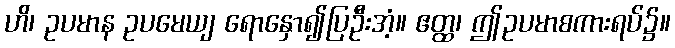
ဟိ၊ ဥပမာန ဥပမေယျ ရောနှော၍ပြဦးအံ့။ ဧတ္ထ၊ ဤဥပမာစကားရပ်၌။